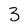
Character: 3